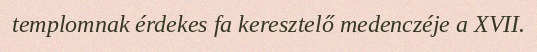
templomnak érdekes fa keresztelő medenczéje a XVII.